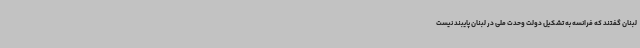
لبنان گفتند که فرانسه به تشکیل دولت وحدت ملی در لبنان پایبند نیست